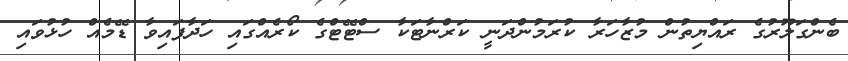
ބެންގަލޫރުގެ ރައްޔިތުން މުޒާހަރާ ކުރަމުންދަނީ ކަރްނާޓަކާ ސްޓޭޓްގެ ކޯރެއްގައި ހަދާފައިވާ ޑޭމެއް ހުޅުވައި